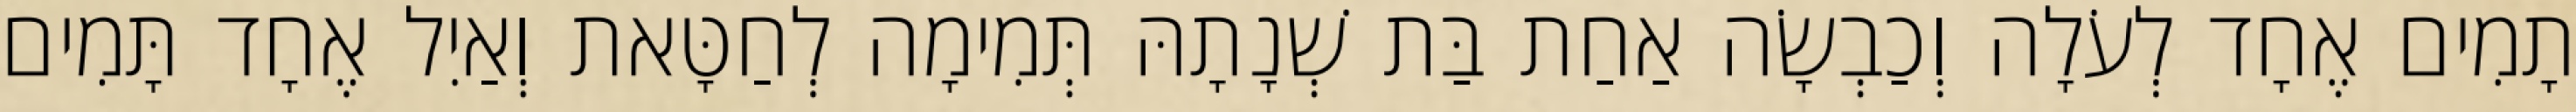
תָמִים אֶחָד לְעֹלָה וְכַבְשָׂה אַחַת בַּת שְׁנָתָהּ תְּמִימָה לְחַטָּאת וְאַיִל אֶחָד תָּמִים